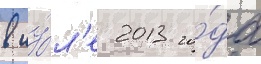
в иу́л'е 2013 го́да